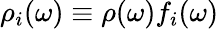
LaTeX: \rho_{i}(\omega)\equiv\rho(\omega)f_{i}(\omega)